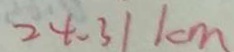
2 4 - 3 1 k m